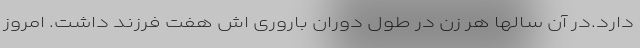
دارد.در آن سالها هر زن در طول دوران باروری اش هفت فرزند داشت. امروز